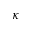
\kappa